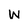
Character: w